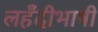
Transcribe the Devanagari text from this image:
लहँदीभाषी